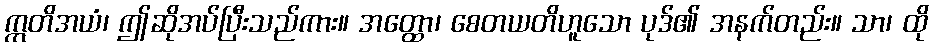
ဣတိအယံ၊ ဤဆိုအပ်ပြီးသည်ကား။ အတ္ထော၊ စေတယတိဟူသော ပုဒ်၏ အနက်တည်း။ သာ၊ ထို